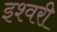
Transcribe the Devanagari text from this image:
इश्वरी